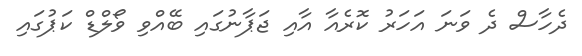
ދެހާސް ދެ ވަނަ އަހަރު ކޮރެއާ އާއި ޖަޕާނުގައި ބޭއްވި ވޯލްޑް ކަޕުގައި